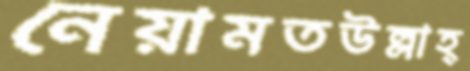
নেয়ামতউল্লাহ্